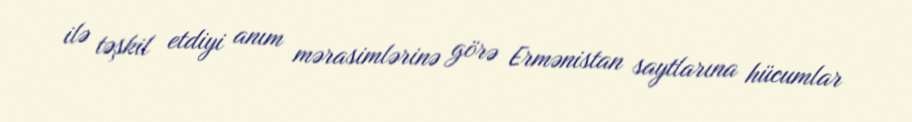
ilə təşkil etdiyi anım mərasimlərinə görə Ermənistan saytlarına hücumlar